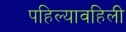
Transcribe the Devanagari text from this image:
पहिल्यावहिली